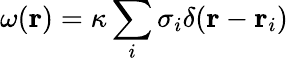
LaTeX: \omega(\mathbf{r})=\kappa\sum_{i}\sigma_{i}\delta(\mathbf{r}-\mathbf{r}_{i})